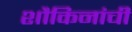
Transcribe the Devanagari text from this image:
शौकिनांची